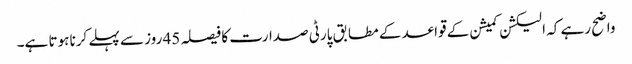
واضح رہے کہ الیکشن کمیشن کے قواعد کے مطابق پارٹی صدارت کا فیصلہ 45 روز سے پہلے کرنا ہوتا ہے۔